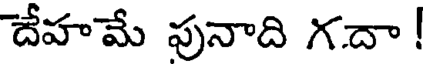
దేహమే పునాది గదా !